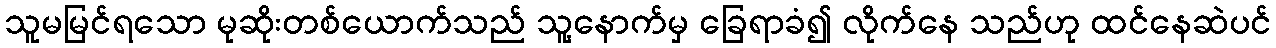
သူမမြင်ရသော မုဆိုးတစ်ယောက်သည် သူ့နောက်မှ ခြေရာခံ၍ လိုက်နေ သည်ဟု ထင်နေဆဲပင်